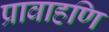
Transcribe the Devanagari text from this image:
प्रावाहणि